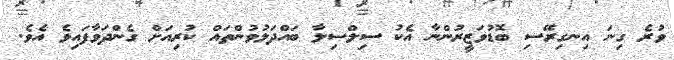
ވުރެ ގިނަ އިނގިރޭސި ބޮޑުވަޒީރުންނާ އެކު ސިލްސިލާ ބައްދަލުވުންތައް ކުރިއަށް ގެންދަވާފައިވެ އެވެ.